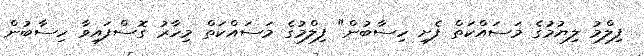
ފިލްމު ލިޔުމުގެ މަސައްކަތް ފެށި ހިސާބުން" ފިލްމުގެ މަސައްކަތް މިހާރު ގޮސްފައިވާ ހިސާބުން